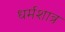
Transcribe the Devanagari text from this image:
धर्मशात्र